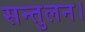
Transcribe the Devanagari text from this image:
सन्तुलन।